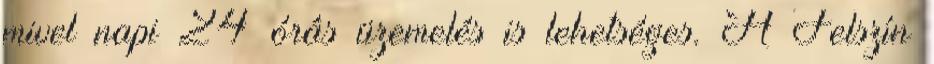
mivel napi 24 órás üzemelés is lehetséges. A Felszín